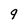
Character: 9